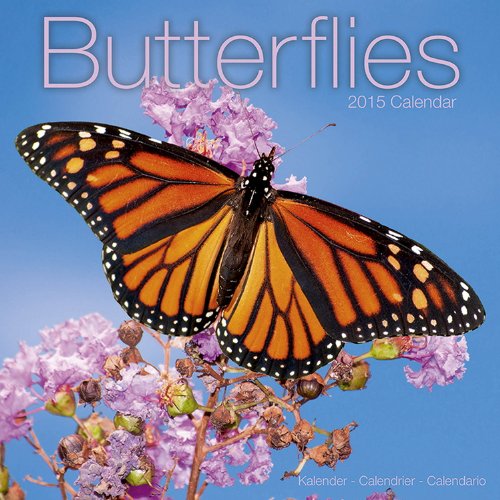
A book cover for Butterflies Calendar - 2015 Wall calendars - Animal Calendar - Monthly Wall Calendar by Avonside; MegaCalendars; Calendars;